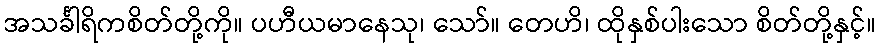
အသင်္ခါရိကစိတ်တို့ကို။ ပဟီယမာနေသု၊ သော်။ တေဟိ၊ ထိုနှစ်ပါးသော စိတ်တို့နှင့်။